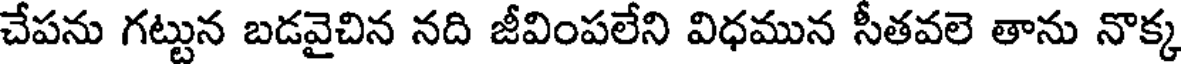
చేపను గట్టున బడవైచిన నది జీవింపలేని విధమున సీతవలె తాను నొక్క